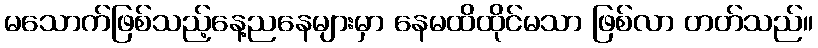
မသောက်ဖြစ်သည့်နေ့ညနေများမှာ နေမထိထိုင်မသာ ဖြစ်လာ တတ်သည်။